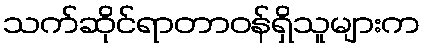
သက်ဆိုင်ရာတာဝန်ရှိသူများက